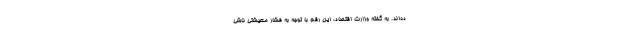
ده‌اند. به گفته وزارت اقتصاد، این رقم با توجه به فشار معیشتی ناشی